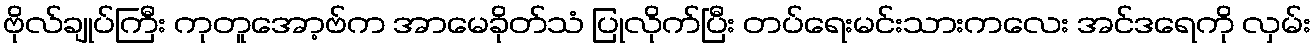
ဗိုလ်ချုပ်ကြီး ကုတူအော့ဗ်က အာမေခိုတ်သံ ပြုလိုက်ပြီး တပ်ရေးမင်းသားကလေး အင်ဒရေကို လှမ်း